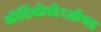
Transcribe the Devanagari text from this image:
कॉर्टिकोस्टेरऑयड